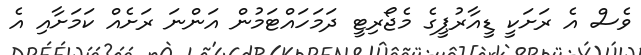
ވެސް އެ ރަށަކީ ޑީއާރުޕީގެ މެޖޯރިޓީ ދަމަހައްޓަމުން އަންނަ ރަށެއް ކަމަށާއި އެ